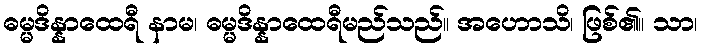
ဓမ္မဒိန္နာထေရီ နာမ၊ ဓမ္မဒိန္နာထေရီမည်သည်။ အဟောသိ၊ ဖြစ်၏။ သာ၊